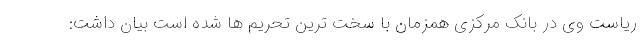
ریاست وی در بانک مرکزی همزمان با سخت ترین تحریم ها شده است بیان داشت: